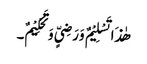
ھٰذَا تَسْلِیْمٌ وَرَضِیٍّ وَتَحْکِیْمٌ۔